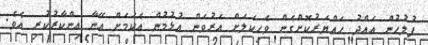
ފުލުހުން އައްދު ހައްޔަރުކޮށްގެން ވެހިކަލަށް އަރުވަން އުޅުމުން އެކަމަށް އޭނާ އިންކާރުކުރި އެވެ.